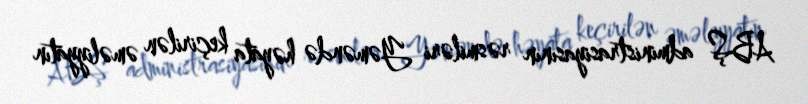
ABŞ administrasiyasının rəsmiləri Yəməndə həyata keçirilən əməliyyatın